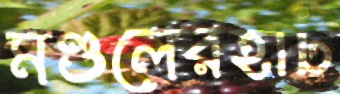
মণ্ডলেরহাট